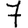
Digit: 7